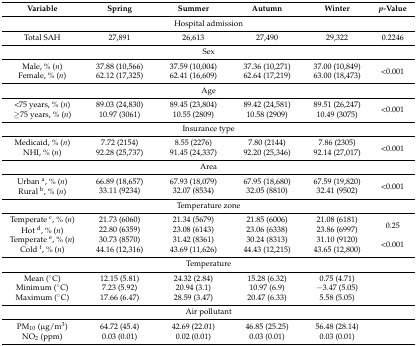
<table><thead><tr><td><b>Variable</b></td><td><b>Spring</b></td><td><b>Summer</b></td><td><b>Autumn</b></td><td><b>Winter</b></td><td><b><i>p</i>-Value</b></td></tr></thead><tbody><tr><td colspan="6">Hospital admission</td></tr><tr><td>Total SAH</td><td>27,891</td><td>26,613</td><td>27,490</td><td>29,322</td><td>0.2246</td></tr><tr><td colspan="6">Sex</td></tr><tr><td>Male, % (<i>n</i>)</td><td>37.88 (10,566)</td><td>37.59 (10,004)</td><td>37.36 (10,271)</td><td>37.00 (10,849)</td><td rowspan="2">&lt;0.001</td></tr><tr><td>Female, % (<i>n</i>)</td><td>62.12 (17,325)</td><td>62.41 (16,609)</td><td>62.64 (17,219)</td><td>63.00 (18,473)</td></tr><tr><td colspan="6">Age</td></tr><tr><td>&lt;75 years, % (<i>n</i>)</td><td>89.03 (24,830)</td><td>89.45 (23,804)</td><td>89.42 (24,581)</td><td>89.51 (26,247)</td><td rowspan="2">&lt;0.001</td></tr><tr><td>≥75 years, % (<i>n</i>)</td><td>10.97 (3061)</td><td>10.55 (2809)</td><td>10.58 (2909)</td><td>10.49 (3075)</td></tr><tr><td colspan="6">Insurance type</td></tr><tr><td>Medicaid, % (<i>n</i>)</td><td>7.72 (2154)</td><td>8.55 (2276)</td><td>7.80 (2144)</td><td>7.86 (2305)</td><td rowspan="2">&lt;0.001</td></tr><tr><td>NHI, % (<i>n</i>)</td><td>92.28 (25,737)</td><td>91.45 (24,337)</td><td>92.20 (25,346)</td><td>92.14 (27,017)</td></tr><tr><td colspan="6">Area</td></tr><tr><td>Urban <sup>a</sup>, % (<i>n</i>)</td><td>66.89 (18,657)</td><td>67.93 (18,079)</td><td>67.95 (18,680)</td><td>67.59 (19,820)</td><td rowspan="2">&lt;0.001</td></tr><tr><td>Rural <sup>b</sup>, % (<i>n</i>)</td><td>33.11 (9234)</td><td>32.07 (8534)</td><td>32.05 (8810)</td><td>32.41 (9502)</td></tr><tr><td colspan="6">Temperature zone</td></tr><tr><td>Temperate <sup>c</sup>, % (<i>n</i>)</td><td>21.73 (6060)</td><td>21.34 (5679)</td><td>21.85 (6006)</td><td>21.08 (6181)</td><td rowspan="2">0.25</td></tr><tr><td>Hot <sup>d</sup>, % (<i>n</i>)</td><td>22.80 (6359)</td><td>23.08 (6143)</td><td>23.06 (6338)</td><td>23.86 (6997)</td></tr><tr><td>Temperate <sup>e</sup>, % (<i>n</i>)</td><td>30.73 (8570)</td><td>31.42 (8361)</td><td>30.24 (8313)</td><td>31.10 (9120)</td><td rowspan="2">&lt;0.001</td></tr><tr><td>Cold <sup>f</sup>, % (<i>n</i>)</td><td>44.16 (12,316)</td><td>43.69 (11,626)</td><td>44.43 (12,215)</td><td>43.65 (12,800)</td></tr><tr><td colspan="6">Temperature</td></tr><tr><td>Mean (°C)</td><td>12.15 (5.81)</td><td>24.32 (2.84)</td><td>15.28 (6.32)</td><td>0.75 (4.71)</td><td></td></tr><tr><td>Minimum (°C)</td><td>7.23 (5.92)</td><td>20.94 (3.1)</td><td>10.97 (6.9)</td><td>−3.47 (5.05)</td><td></td></tr><tr><td>Maximum (°C)</td><td>17.66 (6.47)</td><td>28.59 (3.47)</td><td>20.47 (6.33)</td><td>5.58 (5.05)</td><td></td></tr><tr><td colspan="6">Air pollutant</td></tr><tr><td>PM<sub>10</sub> (μg/m<sup>3</sup>)</td><td>64.72 (45.4)</td><td>42.69 (22.01)</td><td>46.85 (25.25)</td><td>56.48 (28.14)</td><td></td></tr><tr><td>NO<sub>2</sub> (ppm)</td><td>0.03 (0.01)</td><td>0.02 (0.01)</td><td>0.03 (0.01)</td><td>0.03 (0.01)</td><td></td></tr></tbody></table>